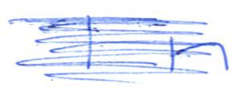
Text: In
Cross-out: scratch
Writing tool: ballpoint